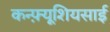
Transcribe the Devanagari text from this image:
कन्फ़्यूशियसाई